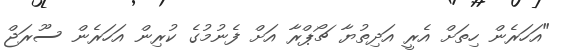
"އަަހަރެން ހިތަށް އެރީ އަދިތުޔާ ޗޯޕްރާ އަށް ފެނުމުގެ ކުރިން އަހަރެން ސޫރަޖް